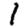
Digit: 1